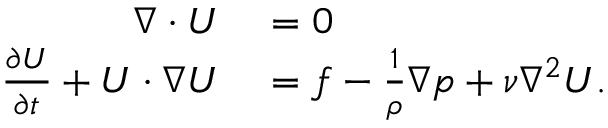
\begin{array} { r l } { \nabla \cdot \boldsymbol { U } } & { { } = 0 } \\ { \frac { \partial \boldsymbol { U } } { \partial t } + \boldsymbol { U } \cdot \nabla \boldsymbol { U } } & { { } = \boldsymbol { f } - \frac { 1 } { \rho } \nabla p + \nu \nabla ^ { 2 } \boldsymbol { U } . } \end{array}